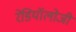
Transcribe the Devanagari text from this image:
रेडियॉलोजी